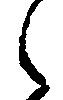
之